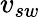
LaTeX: v_{sw}